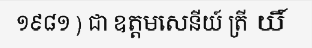
១៩៨១ ) ជា ឧត្តមសេនីយ៍ ត្រី យិ៍